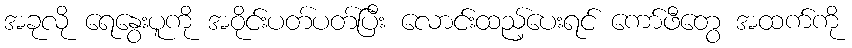
အခုလို ရေနွေးပူကို အဝိုင်းပတ်ပတ်ပြီး လောင်းထည့်ပေးရင် ကော်ဖီတွေ အထက်ကို